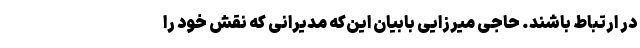
در ارتباط باشند. حاجی میرزایی بابیان این­که مدیرانی که نقش خود را